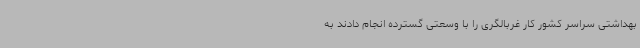
بهداشتی سراسر کشور کار غربالگری را با وسعتی گسترده انجام دادند به